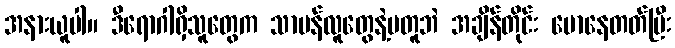
အနားယူပါ။ ဒီရောဂါရှိသူတွေက သာမန်လူတွေနဲ့မတူဘဲ အချိန်တိုင်း မောနေတတ်ပြီး